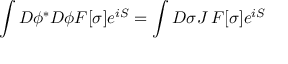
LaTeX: \int D \phi ^ { * } D \phi F [ \sigma ] e ^ { i S } = \int D \sigma J \, F [ \sigma ] e ^ { i S }